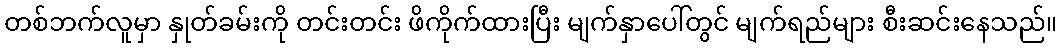
တစ်ဘက်လူမှာ နှုတ်ခမ်းကို တင်းတင်း ဖိကိုက်ထားပြီး မျက်နှာပေါ်တွင် မျက်ရည်များ စီးဆင်းနေသည်။